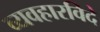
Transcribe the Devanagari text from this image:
व्यवहारविदे